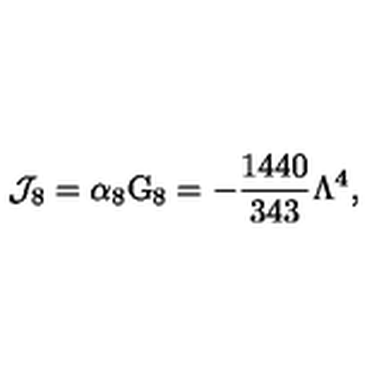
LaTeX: { \cal J } _ { 8 } = \alpha _ { 8 } \mathrm { G } _ { 8 } = - \frac { 1 4 4 0 } { 3 4 3 } \Lambda ^ { 4 } ,